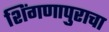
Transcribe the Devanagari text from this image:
शिंगणापुराचा